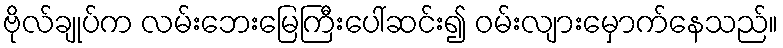
ဗိုလ်ချုပ်က လမ်းဘေးမြေကြီးပေါ်ဆင်း၍ ဝမ်းလျားမှောက်နေသည်။